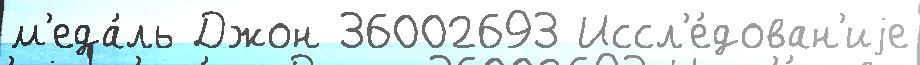
м'еда́ль Джон 36002693 Иссл'е́дован'иjе